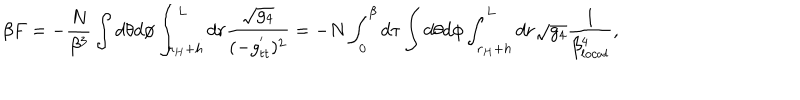
\beta F = - \frac { N } { \beta ^ { 3 } } \int d \theta d \phi \int _ { r _ { H } + h } ^ { L } d r \frac { \sqrt { g _ { 4 } } } { ( - g _ { t t } ^ { ' } ) ^ { 2 } } = - N \int _ { 0 } ^ { \beta } d \tau \int d \theta d \phi \int _ { r _ { H } + h } ^ { L } d r \sqrt { g _ { 4 } } \frac { 1 } { \beta _ { l o c a l } ^ { 4 } } ,